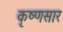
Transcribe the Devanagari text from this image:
कृष्णसार